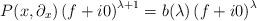
LaTeX: \begin{align*}P(x,\partial_x)\left(f+i0\right)^{\lambda+1}=b(\lambda)\left(f+i0\right)^\lambda\end{align*}